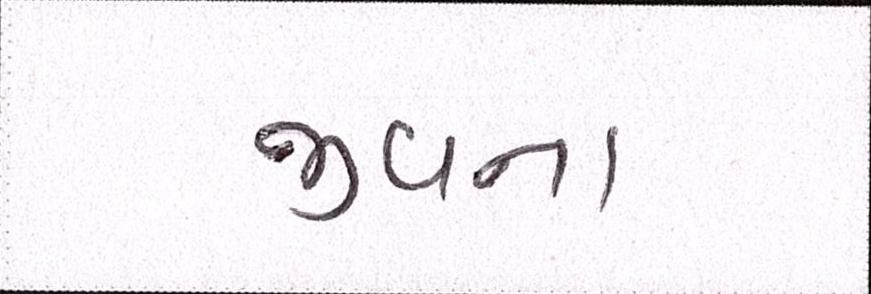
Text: જીવના